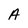
Character: A